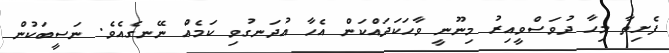
ފެށިތާ މިހާ ދުވަސްވީއިރު މިނޫނީ ވާހަކަދައްކަން އެހާ އުދަނގުވި ކަމެއް ނޭނގެއެވެ. ނަސީބަކުން